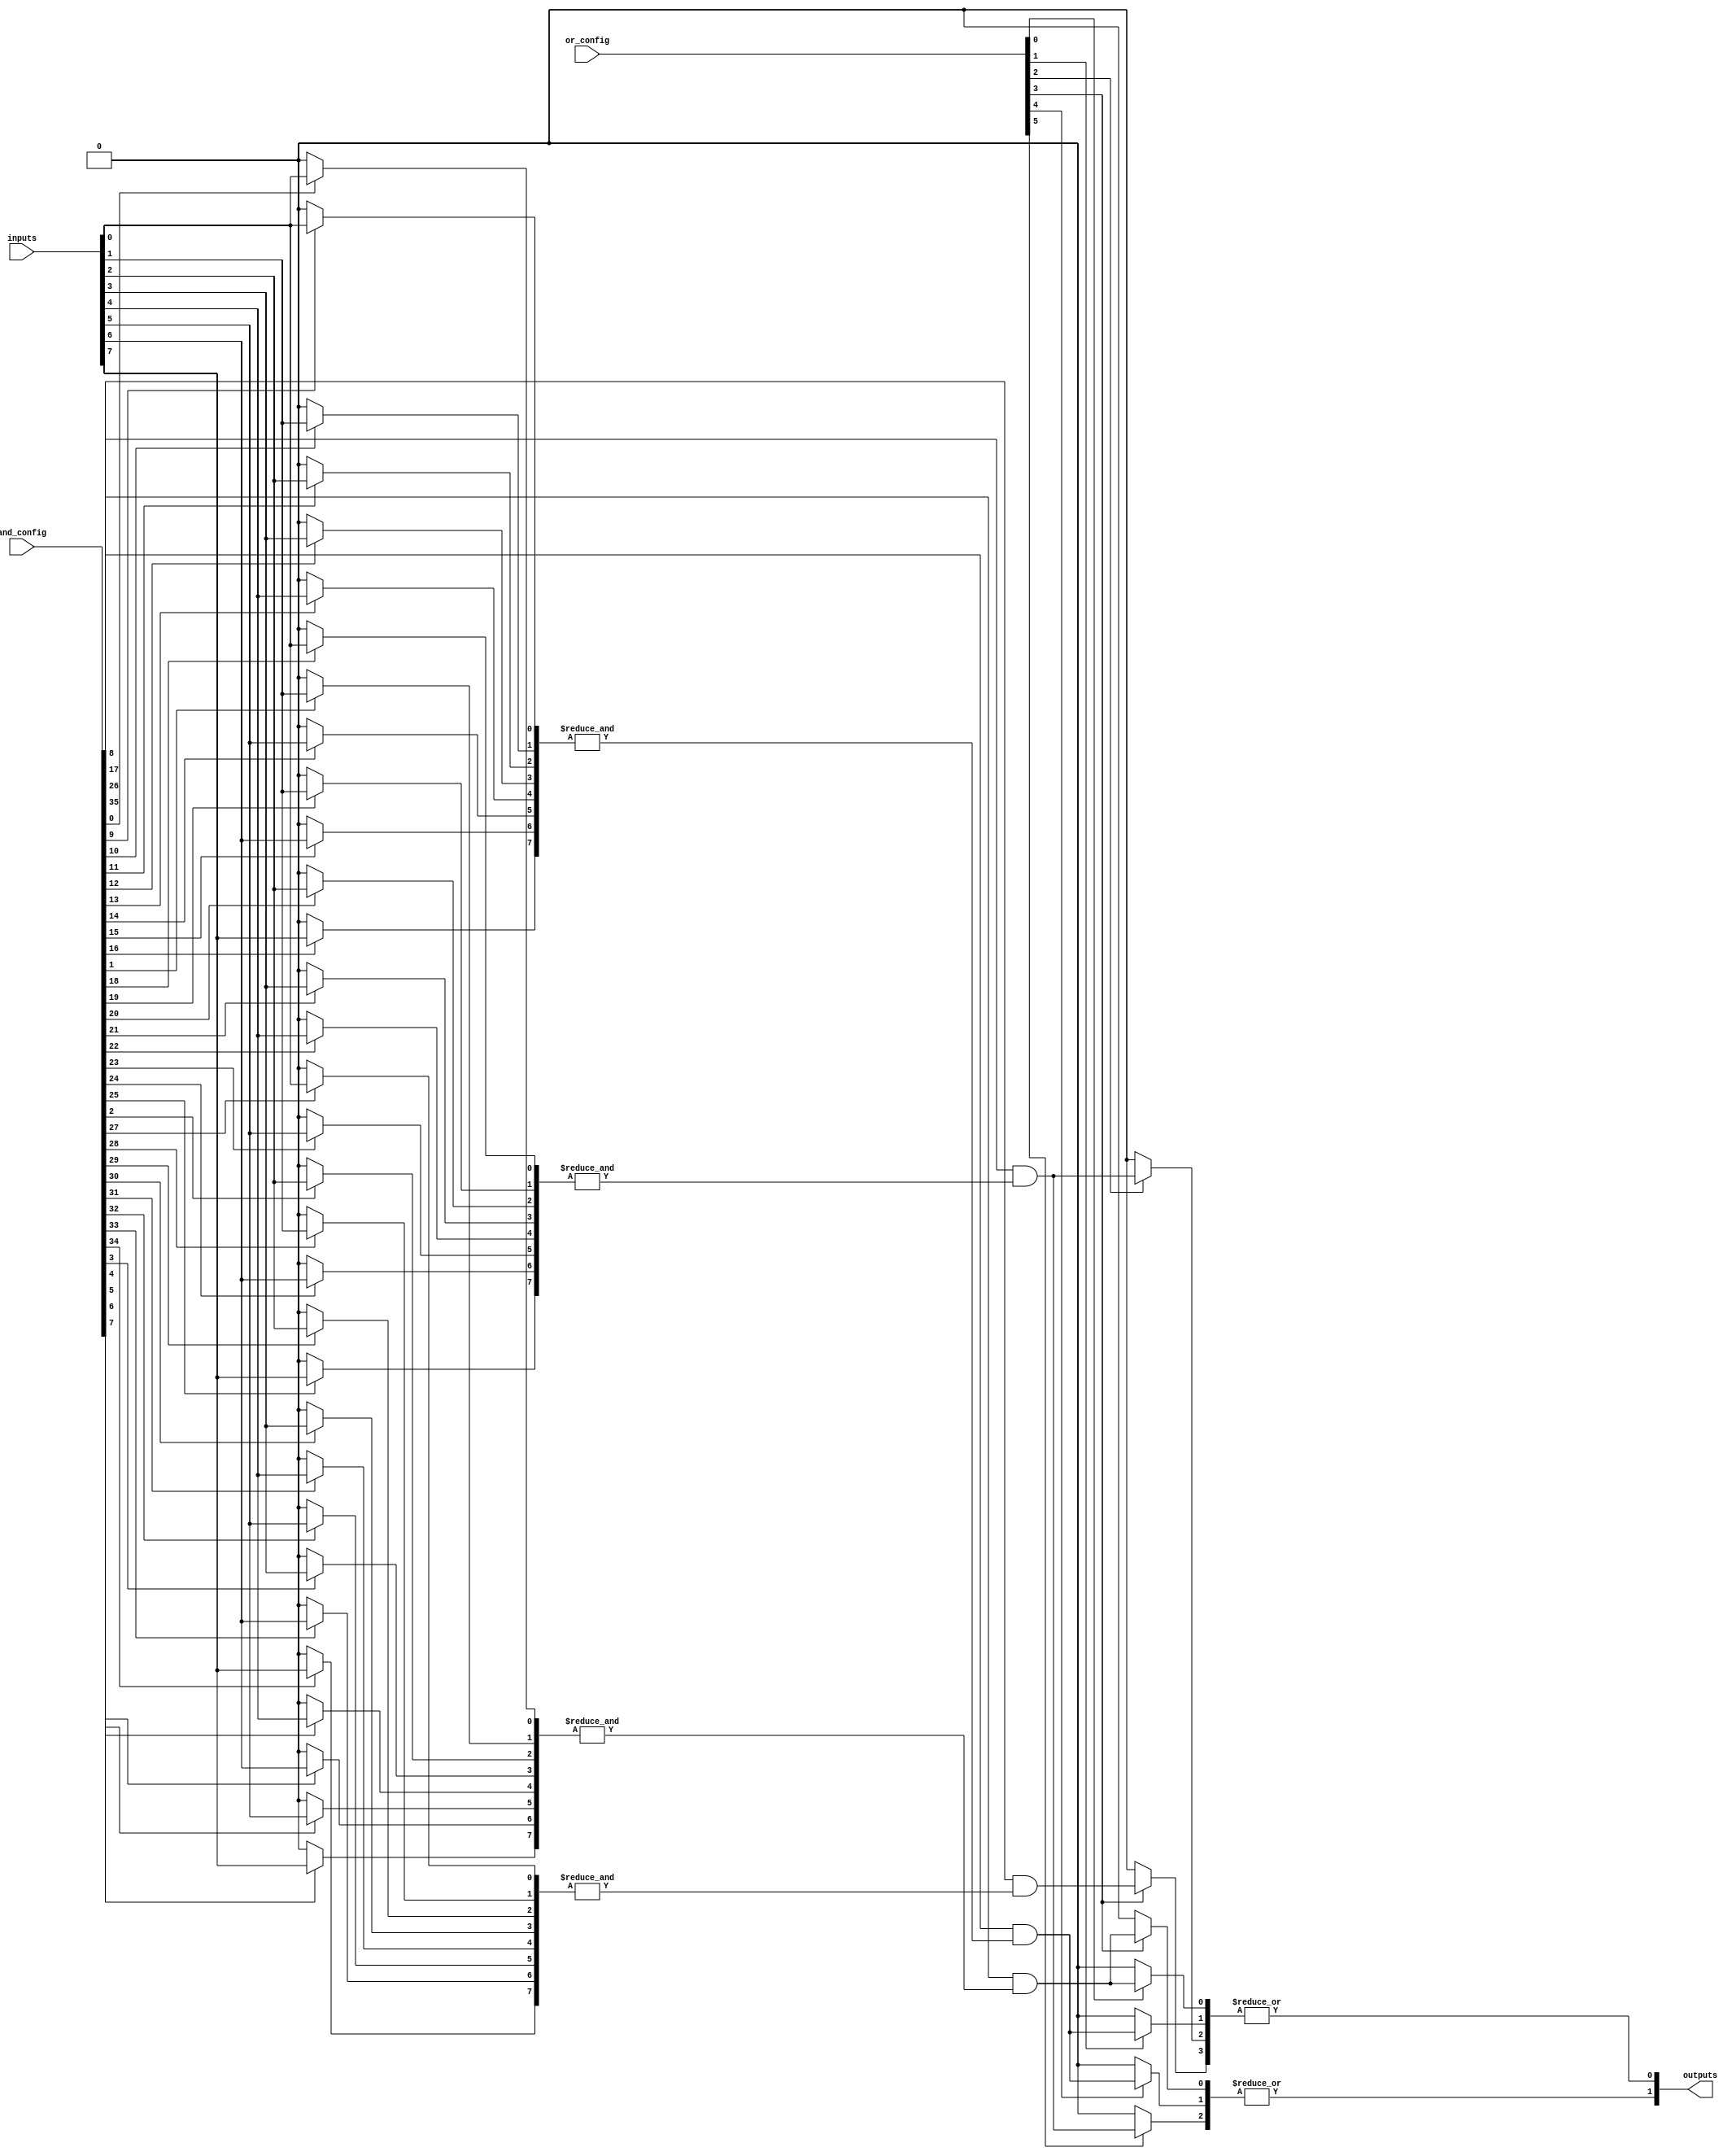
module SPAL #(
    parameter NUM_INPUTS = 8,   // Number of input lines
    parameter NUM_AND_TERMS = 4, // Number of AND gates
    parameter NUM_OR_TERMS = 2    // Number of OR outputs
)(
    input  wire [NUM_INPUTS-1:0] inputs,      // Input lines
    input  wire [NUM_AND_TERMS*(NUM_INPUTS+1)-1:0] and_config, // AND gate configuration
    input  wire [NUM_OR_TERMS*(NUM_AND_TERMS-1)-1:0] or_config, // OR gate configuration
    output wire [NUM_OR_TERMS-1:0] outputs      // Output lines
);

// Internal wire to store AND gate outputs
wire [NUM_AND_TERMS-1:0] and_outputs;

// Generate the AND array
genvar i, j;
generate
    for (i = 0; i < NUM_AND_TERMS; i = i + 1) begin : and_array
        wire [NUM_INPUTS-1:0] and_inputs;
        // Generate the AND inputs based on the programming configuration
        for (j = 0; j < NUM_INPUTS; j = j + 1) begin : and_input
            assign and_inputs[j] = and_config[i * (NUM_INPUTS + 1) + j] ? inputs[j] : 1'b0;
        end

        // Add an extra bit for AND gate enable
        wire and_enable = and_config[i * (NUM_INPUTS + 1) + NUM_INPUTS];
        assign and_outputs[i] = and_enable & &and_inputs; // AND logic (AND(x0, x1, , xn) * enable)
    end
endgenerate

// Generate the OR array
generate
    for (i = 0; i < NUM_OR_TERMS; i = i + 1) begin : or_array
        wire [NUM_AND_TERMS-1:0] or_inputs;
        // Generate the OR inputs based on the programming configuration
        for (j = 0; j < NUM_AND_TERMS; j = j + 1) begin : or_input
            assign or_inputs[j] = or_config[i * (NUM_AND_TERMS - 1) + j] ? and_outputs[j] : 1'b0;
        end
        assign outputs[i] = |or_inputs; // OR logic
    end
endgenerate

endmodule